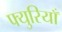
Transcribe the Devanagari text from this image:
फ्युरियाँ